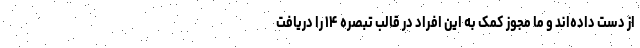
از دست داده‌اند و ما مجوز کمک به این افراد در قالب تبصره ۱۴ را دریافت